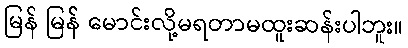
မြန် မြန် မောင်းလို့မရတာမထူးဆန်းပါဘူး။